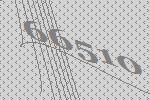
66510